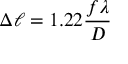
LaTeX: \Delta \ell = 1 . 2 2 { \frac { f \lambda } { D } }